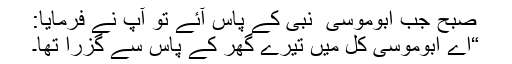
صبح جب ابوموسیٰ ؓ نبی کے پاس آئے تو آپ نے فرمایا:
“اے ابوموسیٰ کل میں تیرے گھر کے پاس سے گزرا تھا۔